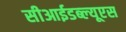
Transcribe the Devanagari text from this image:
सीआईडब्‍ल्‍यूएस